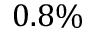
0 . 8 \%